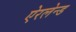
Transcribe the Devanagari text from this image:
ऐरलेन्ड